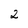
Character: 2